Indian journal of veterinary science and animal husbandry - Volume 7,
Year: 1937
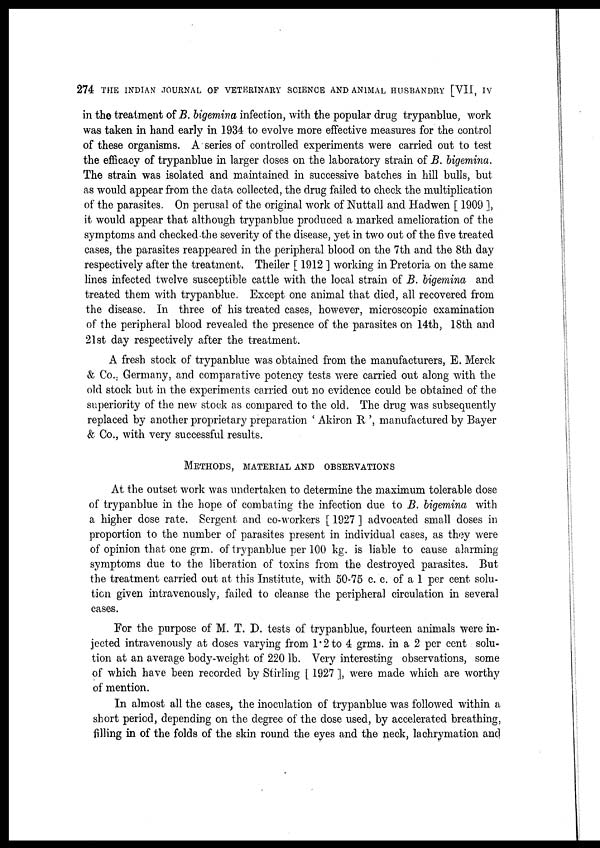
274 THE INDIAN JOURNAL OF VETERINARY SCIENCE AND ANIMAL HUSBANDRY [VII, IV
in the treatment of B. bigemina infection, with the popular drug trypanblue, work
was taken in hand early in 1934 to evolve more effective measures for the control
of these organisms. A series of controlled experiments were carried out to test
the efficacy of trypanblue in larger doses on the laboratory strain of B. bigemina.
The strain was isolated and maintained in successive batches in hill bulls, but
as would appear from the data collected, the drug failed to check the multiplication
of the parasites. On perusal of the original work of Nuttall and Hadwen [ 1909 ],
it would appear that although trypanblue produced a marked amelioration of the
symptoms and checked the severity of the disease, yet in two out of the five treated
cases, the parasites reappeared in the peripheral blood on the 7th and the 8th day
respectively after the treatment. Theiler [ 1912 ] working in Pretoria on the same
lines infected twelve susceptible cattle with the local strain of B. bigemina and
treated them with trypanblue. Except one animal that died, all recovered from
the disease. In three of his treated cases, however, microscopic examination
of the peripheral blood revealed the presence of the parasites on 14th, 18th and
21st day respectively after the treatment.
A fresh stock of trypanblue was obtained from the manufacturers, E. Merck
& Co., Germany, and comparative potency tests were carried out along with the
old stock but in the experiments carried out no evidence could be obtained of the
superiority of the new stock as compared to the old. The drug was subsequently
replaced by another proprietary preparation ' Akiron R ', manufactured by Bayer
& Co., with very successful results.
METHODS, MATERIAL AND OBSERVATIONS
At the outset work was undertaken to determine the maximum tolerable dose
of trypanblue in the hope of combating the infection due to B. bigemina with
a higher dose rate. Sergent and co-workers [ 1927 ] advocated small doses in
proportion to the number of parasites present in individual cases, as they were
of opinion that one grm. of trypanblue per 100 kg. is liable to cause alarming-
symptoms due to the liberation of toxins from the destroyed parasites. But
the treatment carried out at this Institute, with 50-75 c. c. of a 1 per cent solu-
tion given intravenously, failed to cleanse the peripheral circulation in several
cases.
For the purpose of M. T. D. tests of trypanblue, fourteen animals were in-
jected intravenously at doses varying from 1.2 to 4 grms. in a 2 per cent solu-
tion at an average body-weight of 220 lb. Very interesting observations, some
of which have been recorded by Stirling [ 1927 ], were made which are worthy
of mention.
In almost all the cases, the inoculation of trypanblue was followed within a
short period, depending on the degree of the dose used, by accelerated breathing,
filling in of the folds of the skin round the eyes and the neck, lachrymation and